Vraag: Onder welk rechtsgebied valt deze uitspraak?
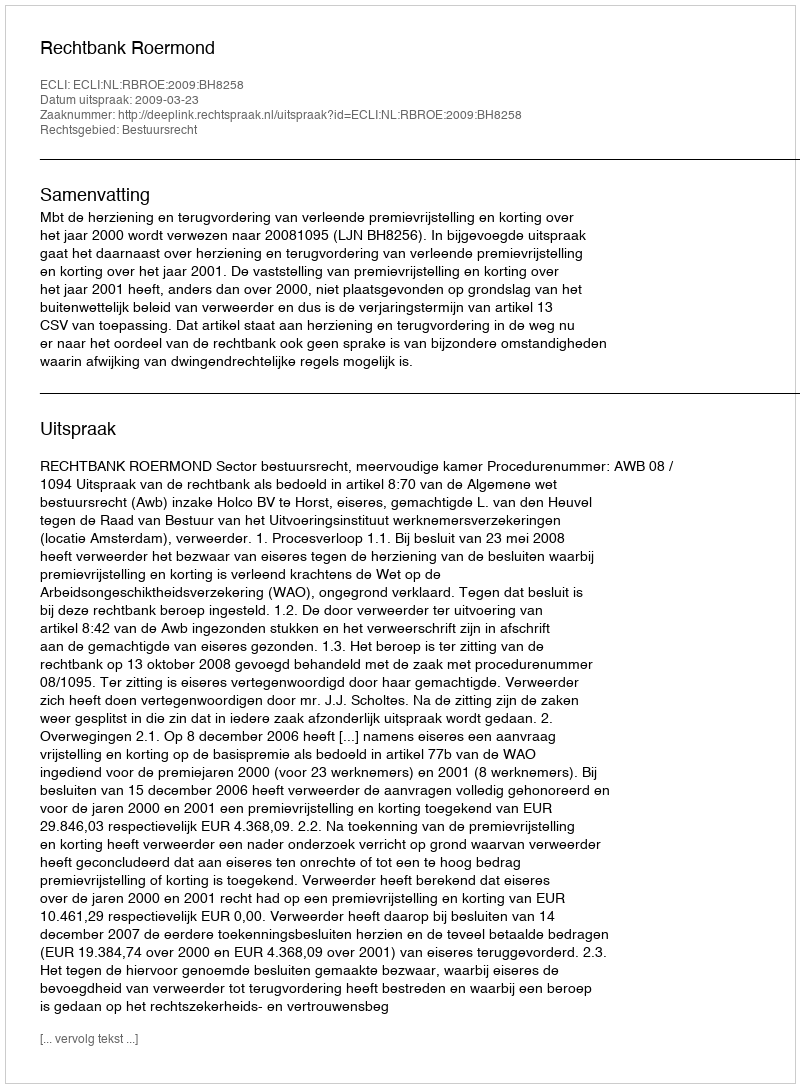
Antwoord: Bestuursrecht